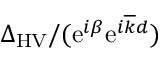
\Delta _ { \mathrm { H V } } / ( \mathrm { e } ^ { i \beta } \mathrm { e } ^ { i \overline { { k } } d } )